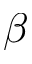
\beta